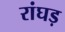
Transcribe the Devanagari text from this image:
रांघड़